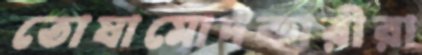
তোষামোদকারীরা